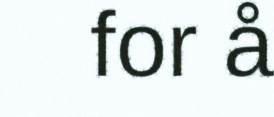
for å